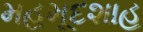
મહમૂદશાહ